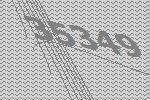
35349